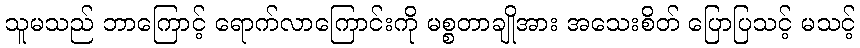
သူမသည် ဘာကြောင့် ရောက်လာကြောင်းကို မစ္စတာချိုအား အသေးစိတ် ပြောပြသင့် မသင့်